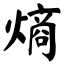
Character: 熵